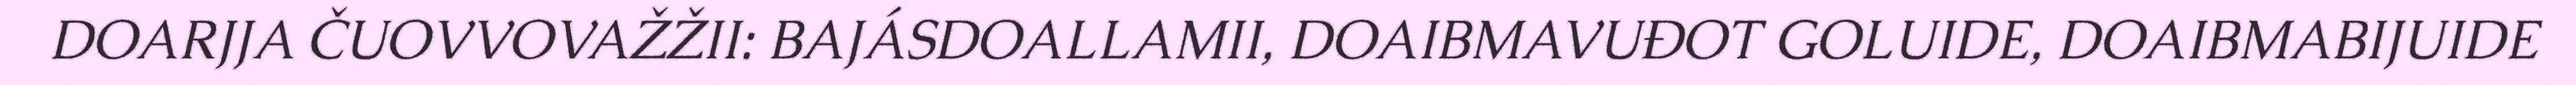
DOARJJA ČUOVVOVAŽŽII: BAJÁSDOALLAMII, DOAIBMAVUĐOT GOLUIDE, DOAIBMABIJUIDE